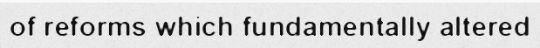
of reforms which fundamentally altered